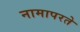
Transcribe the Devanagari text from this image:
नामापरते